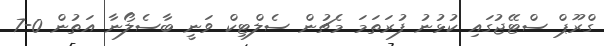
ގްރޫޕް ސްޓޭޖުގައި ކުޅުނު ފުރަތަމަ މެޗުން ސެލްޓިކް ވަނީ ބާސެލޯނާ އަތުން 0-7